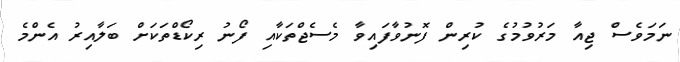
ނަމަވެސް ޖިއާ މަރުވުމުގެ ކުރިން ފޮނުވާފައިވާ މެސެޖްތަކާއި ފޯނު ރިކޯޑްތަކަށް ބަލާއިރު އެންމެ